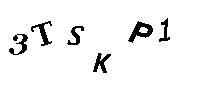
3TSKP1